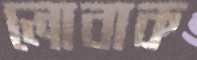
লোবাক